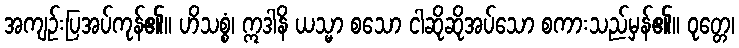
အကျဉ်းပြအပ်ကုန်၏။ ဟိသစ္စံ၊ ဣဒါနိ ယသ္မာ စသော ငါဆိုဆိုအပ်သော စကားသည်မှန်၏။ ဝုတ္တေ၊